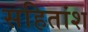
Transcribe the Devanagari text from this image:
सहितांश